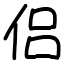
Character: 侣